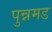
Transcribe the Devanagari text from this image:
पुन्नमड